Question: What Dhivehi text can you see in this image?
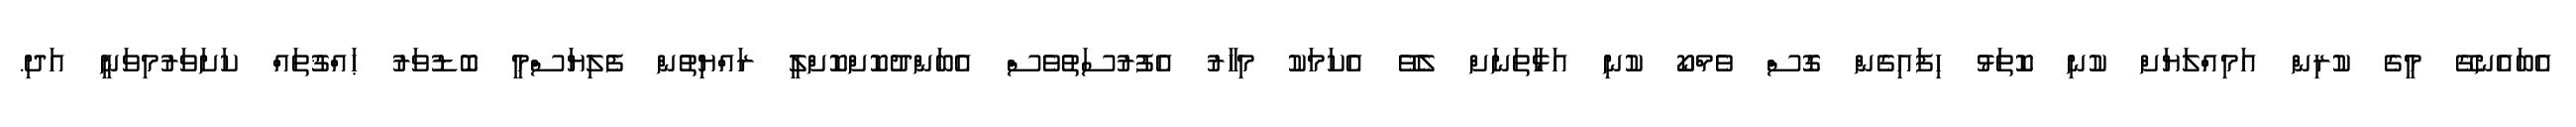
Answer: އެބައެނގޭ މީގެ ކުރިން އަމިއްލަޔަށް ކުނި ކޮތަޅު ހިފައިގެން ގޮސް ވެމްކޯ ކުނި އަޅާތަނަށް ލެވޭ އެކަމަކު މިހާރު އެފުރުސަތުވެސް އެބަންދުކޮށްކޮށްލީ ރައްޔިތުން ފެލިޔަސްމީ ބޮޑުވަރު ޙައްޤުތައް ކަށަވަރުމިވަނީ އަދި.